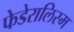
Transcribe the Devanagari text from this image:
फेडेरालिस्म